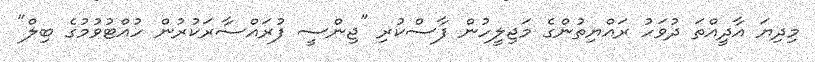
މިދިޔަ އާދީއްތަ ދުވަހު ރައްޔިތުންގެ މަޖިލީހުން ފާސްކުރި "ޖިންސީ ފުރައްސާރަކުރުން ހުއްޓުވުމުގެ ބިލް"